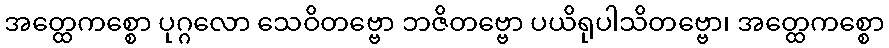
အတ္ထေကစ္စော ပုဂ္ဂလော သေဝိတဗ္ဗော ဘဇိတဗ္ဗော ပယိရုပါသိတဗ္ဗော၊ အတ္ထေကစ္စော